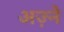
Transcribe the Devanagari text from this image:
अज़्ने